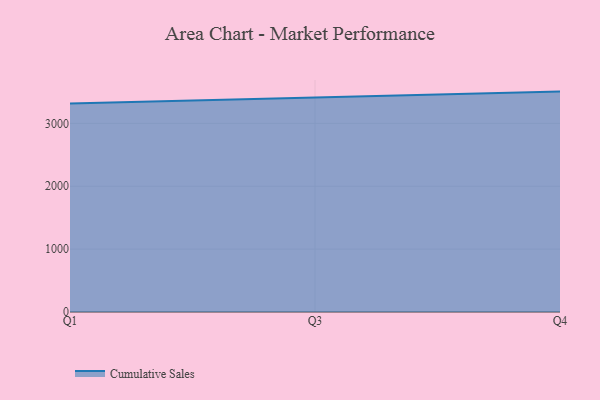
{"axis": {"x": "Quarter", "y": "Churn Rate (%)"}, "legend": ["Cumulative Sales"], "data": [{"x": "Q1", "y": 3317.2, "type": "Cumulative Sales"}, {"x": "Q3", "y": 3411.9, "type": "Cumulative Sales"}, {"x": "Q4", "y": 3505.6, "type": "Cumulative Sales"}]}